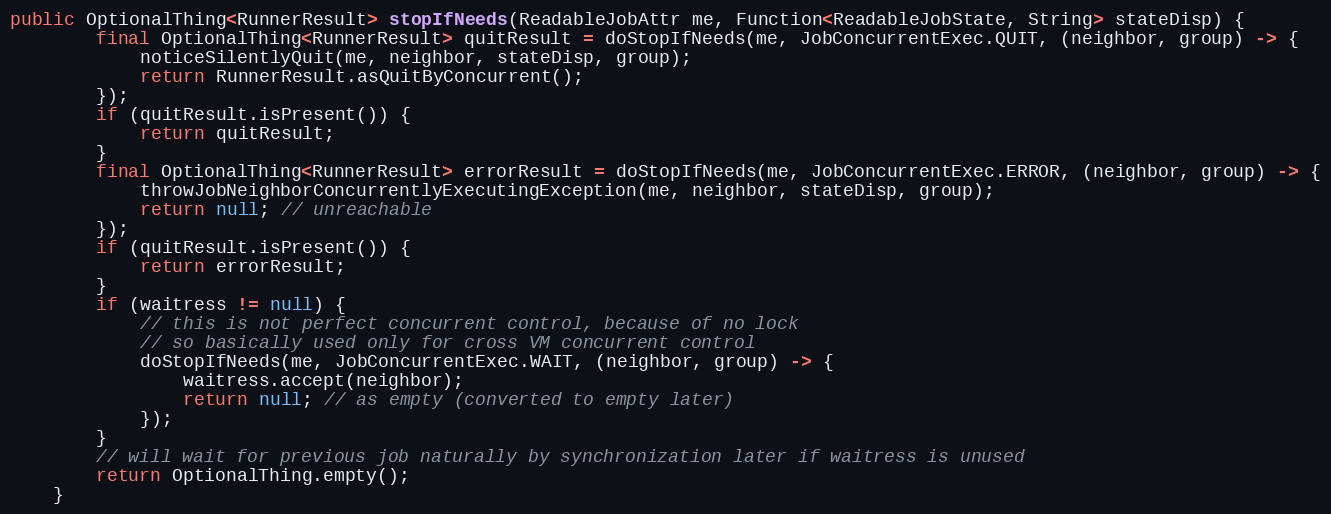
Language: Java
public OptionalThing<RunnerResult> stopIfNeeds(ReadableJobAttr me, Function<ReadableJobState, String> stateDisp) {
        final OptionalThing<RunnerResult> quitResult = doStopIfNeeds(me, JobConcurrentExec.QUIT, (neighbor, group) -> {
            noticeSilentlyQuit(me, neighbor, stateDisp, group);
            return RunnerResult.asQuitByConcurrent();
        });
        if (quitResult.isPresent()) {
            return quitResult;
        }
        final OptionalThing<RunnerResult> errorResult = doStopIfNeeds(me, JobConcurrentExec.ERROR, (neighbor, group) -> {
            throwJobNeighborConcurrentlyExecutingException(me, neighbor, stateDisp, group);
            return null; // unreachable
        });
        if (quitResult.isPresent()) {
            return errorResult;
        }
        if (waitress != null) {
            // this is not perfect concurrent control, because of no lock
            // so basically used only for cross VM concurrent control
            doStopIfNeeds(me, JobConcurrentExec.WAIT, (neighbor, group) -> {
                waitress.accept(neighbor);
                return null; // as empty (converted to empty later)
            });
        }
        // will wait for previous job naturally by synchronization later if waitress is unused
        return OptionalThing.empty();
    }